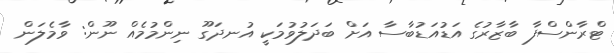
ޓްރާންސްފާ ބާޒާރުގެ އަޑުއަޑުބާސާ އަށް ބަދަލުވުމަކީ އުނދަގޫ ނިންމުމެއް ނޫން: ވާމެލަން